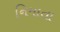
નિમાતા